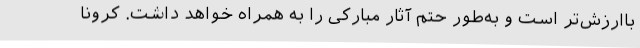
باارزش‌تر است و به‌طور حتم آثار مبارکی را به همراه خواهد داشت. کرونا